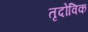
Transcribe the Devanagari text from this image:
तृदोविक